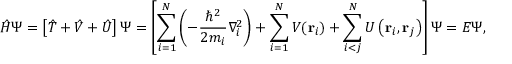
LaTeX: { \hat { H } } \Psi = \left[ { \hat { T } } + { \hat { V } } + { \hat { U } } \right] \Psi = \left[ \sum _ { i = 1 } ^ { N } \left( - { \frac { \hbar ^ { 2 } } { 2 m _ { i } } } \nabla _ { i } ^ { 2 } \right) + \sum _ { i = 1 } ^ { N } V ( \mathbf { r } _ { i } ) + \sum _ { i < j } ^ { N } U \left( \mathbf { r } _ { i } , \mathbf { r } _ { j } \right) \right] \Psi = E \Psi ,